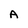
Character: A